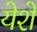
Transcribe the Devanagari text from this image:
येशे